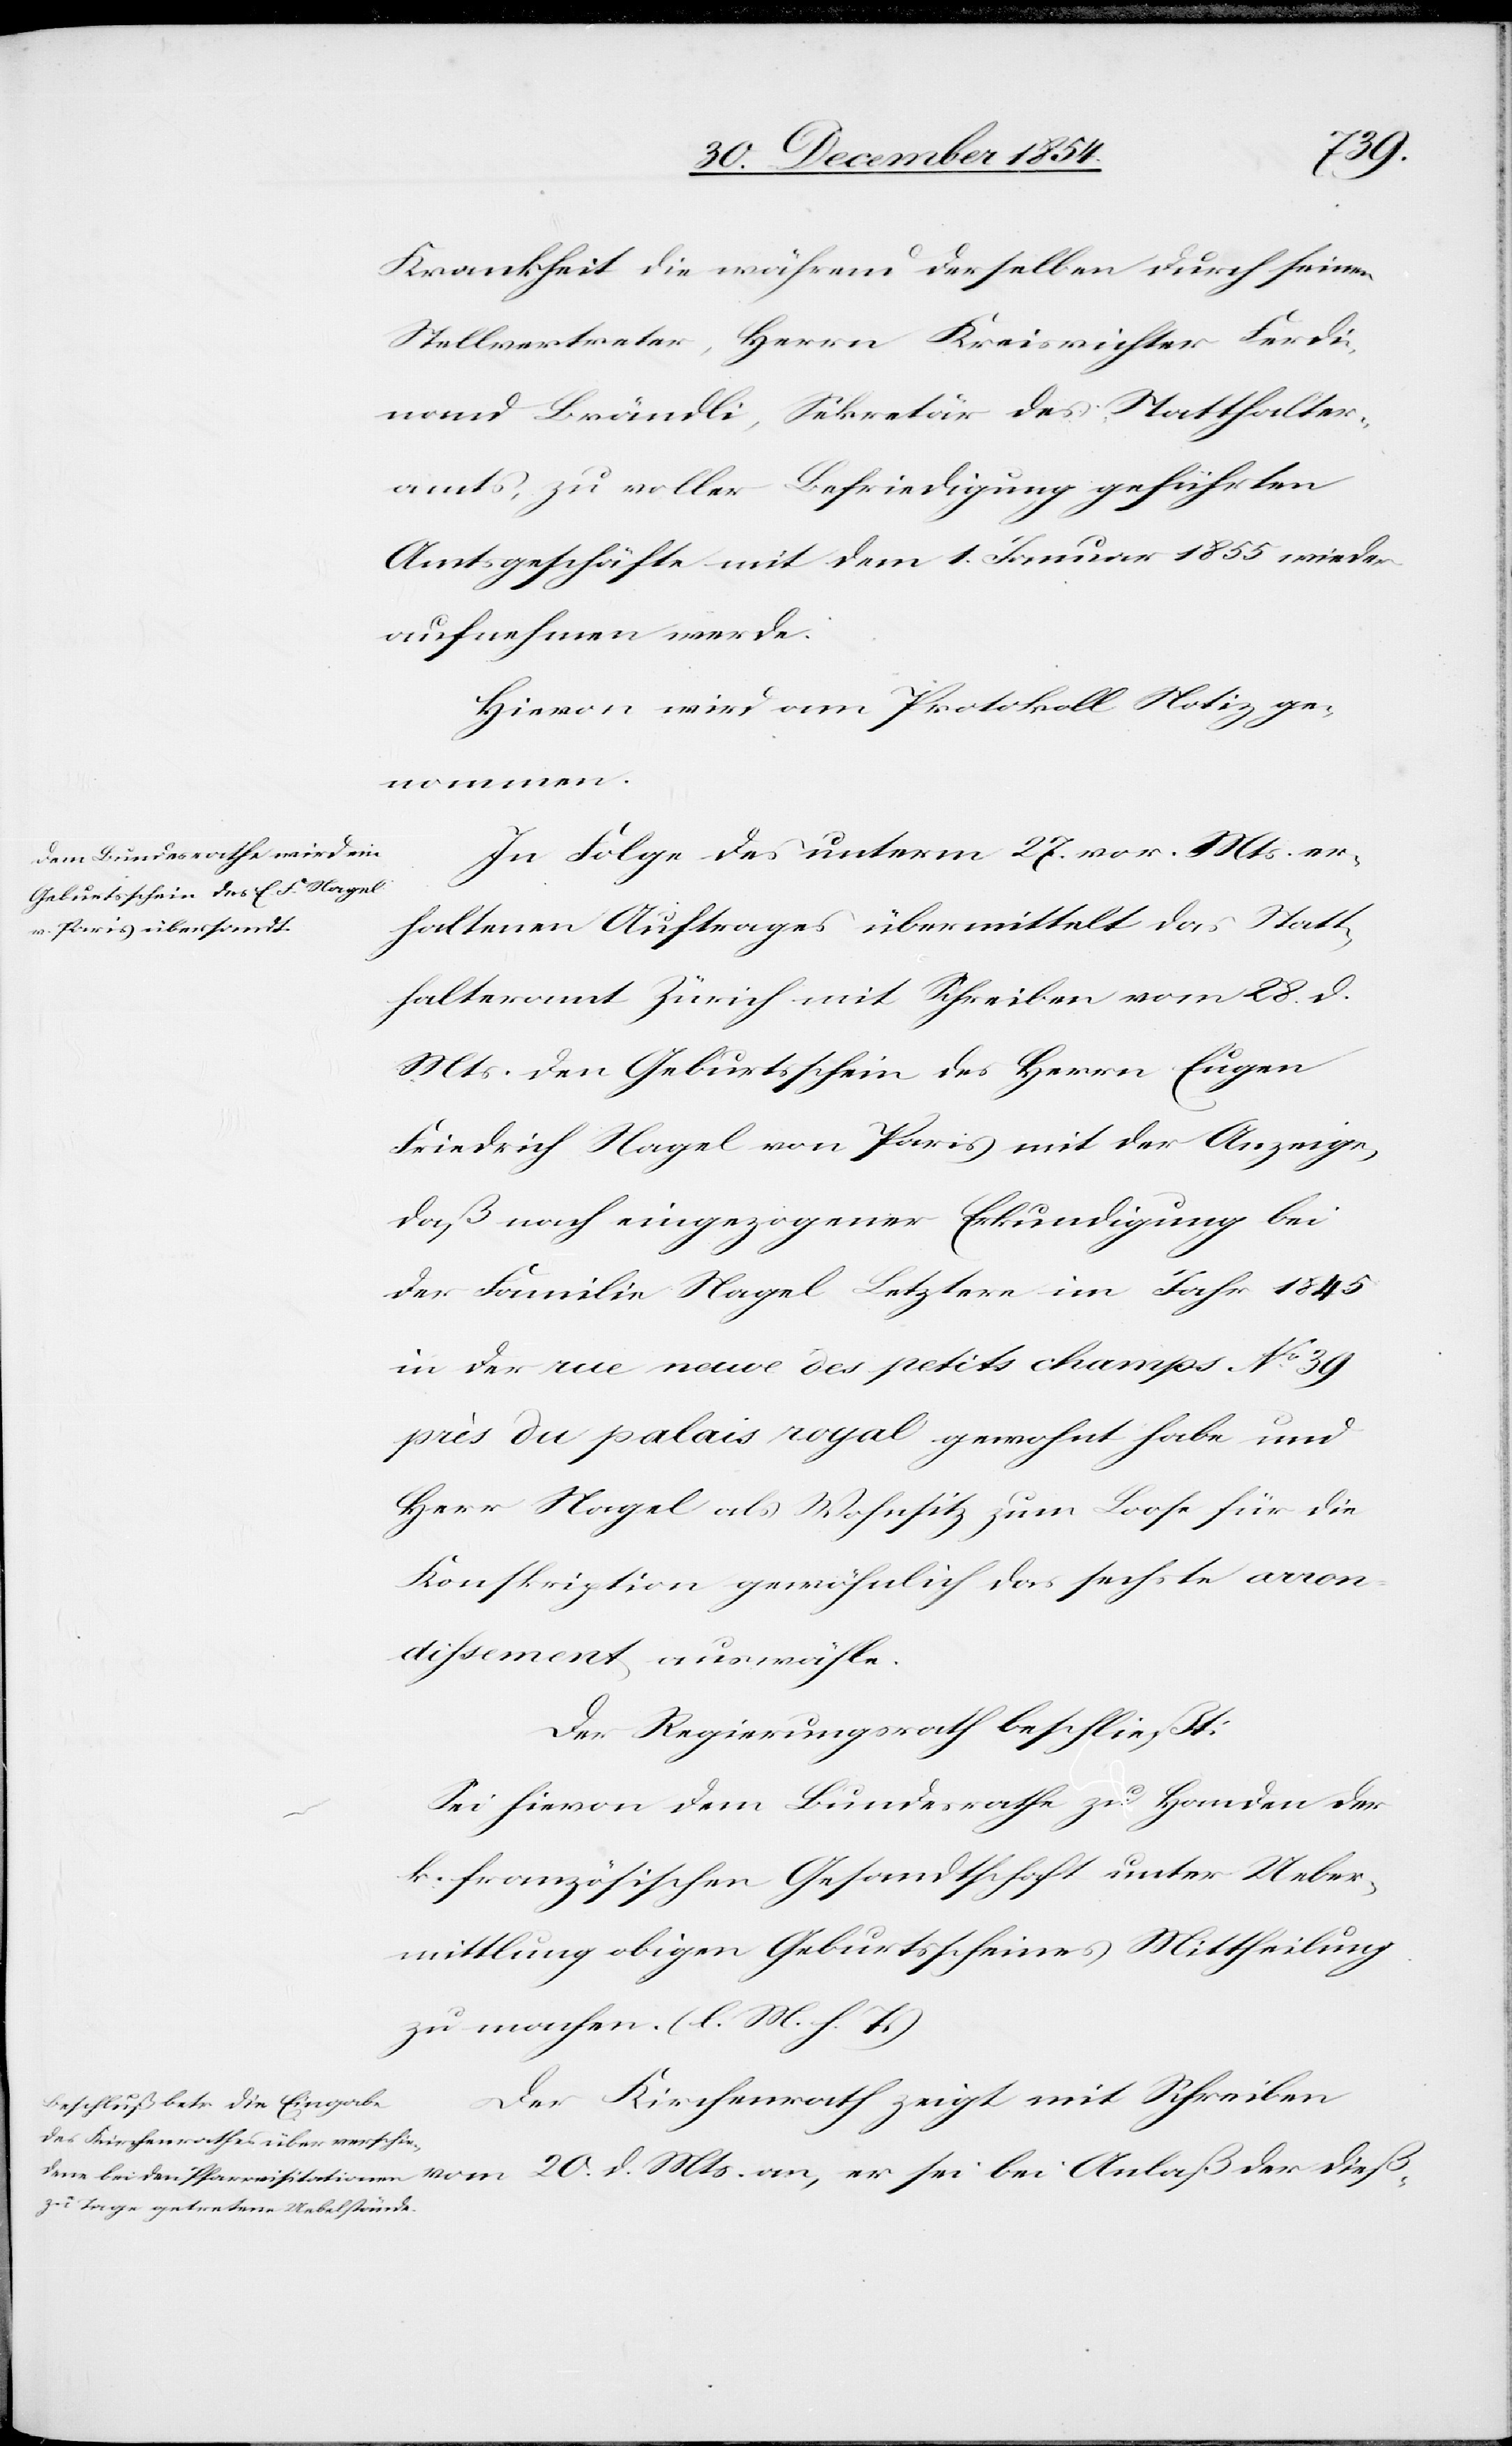
an,
Krankheit die während derselben durch seinen
Stellvertreter, Herrn Kreisrichter Ferdi¬
nand Brändli, Sekretär des Statthalter¬
amtes, zu voller Befriedigung geführten
Amtsgeschäfte mit dem 1. Januar 1855 wieder
aufnehme werde.
Hievon wird am Protokoll Notiz ge¬
nommen.
In Folge des unterm 27. vor. Mts. er¬
haltenen Auftrages übermittelt das Statt¬
halteramt Zürich mit Schreiben vom 28. d.
Mts. den Geburtsschein des Herrn Eugen
Friedrich Nagel von Paris mit der Anzeige,
daß nach eingezogener Erkundigung bei
der Familie Nagel Letztere im Jahr 1845
in der rue nouve des petits champs No 39
près du palais royal gewohnt habe und
Herr Nagel als Wohnsitz zum Loose für die
Konskription gewöhnlich das sechste arron¬
dissement auswähle.
Der Regierungsrath beschließt:
Sei hievon dem Bundesrathe zu Handen der
k. französischen Gesandtschaft unter Ueber¬
mittlung obigen Geburtsscheines Mittheilung
zu machen. (l. M. h. T.)
Der Kirchenrath zeigt mit Schreiben